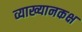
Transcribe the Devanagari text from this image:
व्याख्यानकक्ष